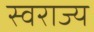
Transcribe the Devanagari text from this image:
स्‍वराज्य